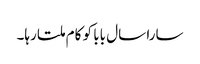
سارا سال بابا کو کام ملتا رہا۔